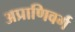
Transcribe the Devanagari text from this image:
अप्राणिवर्ग